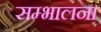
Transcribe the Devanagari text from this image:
सम्भालना